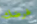
غرضك